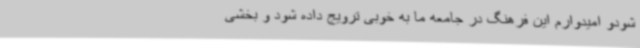
شودو امیدوارم این فرهنگ در جامعه ما به خوبی ترویج داده شود و بخشی